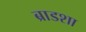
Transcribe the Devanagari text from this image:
ब्राडशा